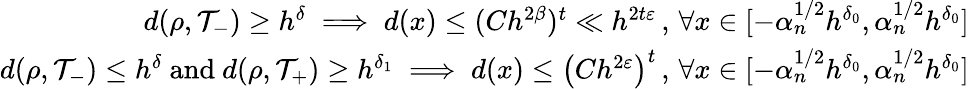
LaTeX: \begin{array}{r}{d(\rho,\mathcal{T}_{-})\geq h^{\delta}\implies d(x)\leq(Ch^{2\beta})^{t}\ll h^{2t\varepsilon}\, ,\, \forall x\in[-\alpha_{n}^{1/2}h^{\delta_{0}},\alpha_{n}^{1/2}h^{\delta_{0}}]}\\ {d(\rho,\mathcal{T}_{-})\leq h^{\delta}\mathrm{~and~}d(\rho,\mathcal{T}_{+})\geq h^{\delta_{1}}\implies d(x)\leq\left(Ch^{2\varepsilon}\right)^{t}\, ,\, \forall x\in[-\alpha_{n}^{1/2}h^{\delta_{0}},\alpha_{n}^{1/2}h^{\delta_{0}}]}\end{array}